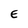
Character: E